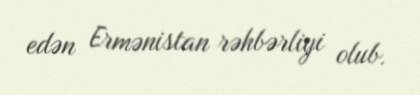
edən Ermənistan rəhbərliyi olub.